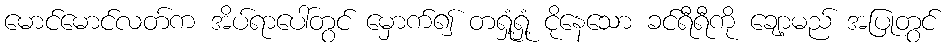
မောင်မောင်လတ်က အိပ်ရာပေါ်တွင် မှောက်၍ တရှုံ့ရှုံ့ ငိုနေသော ခင်ရီရီကို ချော့မည် အပြုတွင်